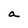
Character: a